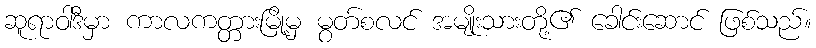
ဆူရာဝါဒီမှာ ကာလကတ္တားမြို့မှ မွတ်စလင် အမျိုးသားတို့၏ ခေါင်းဆောင် ဖြစ်သည်။